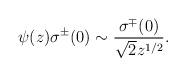
LaTeX: \begin{align*}\psi(z)\sigma^\pm(0)\sim \frac{\sigma^\mp(0)}{\sqrt{2}z^{1/2}}.\end{align*}